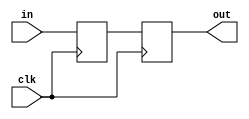
`timescale 1ns / 1ps

module delayer #(
    parameter DELAY_CLOCK = 1
) (
    output reg out,
    input wire clk,
    input wire in
);
    
    generate
        if (DELAY_CLOCK == 1) begin
            reg tmp;
            
            always @(posedge clk) begin
                tmp <= in;
                out <= tmp;
            end
        end else begin
            reg [DELAY_CLOCK-1:0] shift_reg = {DELAY_CLOCK{1'b0}};
    
            always @(posedge clk) begin
                // Shift the input signal into the shift register
                shift_reg <= {shift_reg[DELAY_CLOCK-2:0], in};
                // The output is the last bit in the shift register
                out <= shift_reg[DELAY_CLOCK-1];
            end
        end
    endgenerate

endmodule